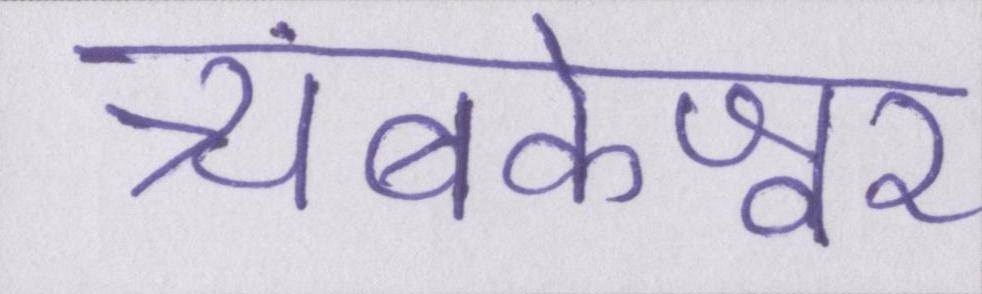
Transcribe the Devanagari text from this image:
त्र्यंबकेश्वर